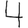
Digit: 4